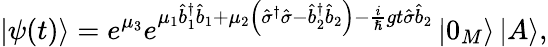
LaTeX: \left\vert\psi(t)\right\rangle=e^{\mu_{3}}e^{\mu_{1}\hat{b}_{1}^{\dagger}\hat{b}_{1}+\mu_{2}\left(\hat{\sigma}^{\dagger}\hat{\sigma}-\hat{b}_{2}^{\dagger}\hat{b}_{2}\right)-\frac{i}{\hslash}gt\hat{\sigma}\hat{b}_{2}}\left\vert 0_{M}\right\rangle\left\vert A\right\rangle,